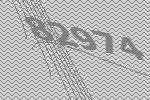
82974